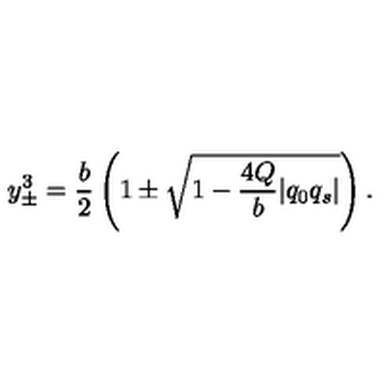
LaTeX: y _ { \pm } ^ { 3 } = { \frac { b } { 2 } } \left( 1 \pm \sqrt { 1 - { \frac { 4 Q } { b } } | q _ { 0 } q _ { s } | } \right) .